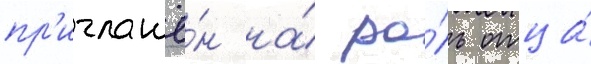
пр'иглашё́н на́ ро́ль отца́